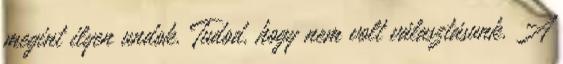
megint ilyen undok. Tudod, hogy nem volt választásunk. A